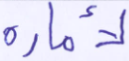
لأمارة